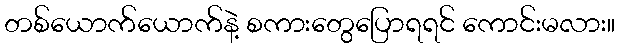
တစ်ယောက်ယောက်နဲ့ စကားတွေပြောရရင် ကောင်းမလား။